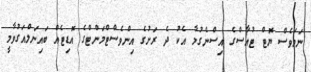
ނަމަވެސް ޔޮޓް ޓުއާސްގެ އިސްނެގުމާ އެކު ދެ ރަށުގެ އިންވެސްޓްމަންޓްގެ އޮޑިޓެއް ބައިނަލްއަގުވާމީ